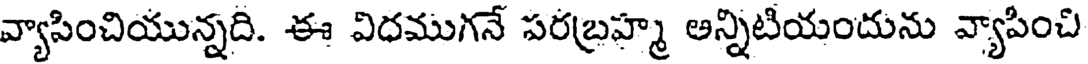
వ్యాసించియున్నది. ఈ విధముగనే పరబ్రహ్మ అన్నిటియందును వ్యాపించి